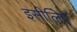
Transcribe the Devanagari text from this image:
इसीलिेए